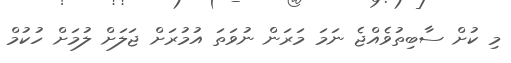
މި ކުށް ސާބިތުވެއްޖެ ނަމަ މަރަން ނުވަތަ އުމުރަށް ޖަލަށް ލުމަށް ހުކުމް